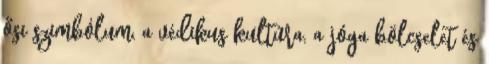
ősi szimbólum, a védikus kultúra, a jóga bölcselet és